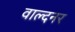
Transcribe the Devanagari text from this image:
वाल्दनर